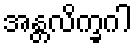
အန္တလိက္ခဂါ